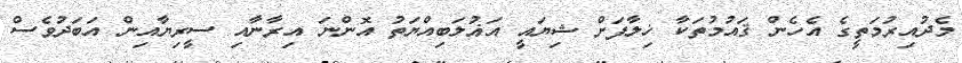
މެދުއިރުމަތީގެ އެހެން ޤައުމުތަކާ ޚިލާފަށް ޝިޔައީ އަޣުލަބިއްޔަތު އޮންނަ އިރާނާއި ސީރިޔާއިން އަބަދުވެސް